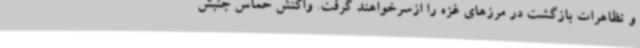
و تظاهرات بازگشت در مرزهای غزه را ازسرخواهند گرفت. واکنش حماس جنبش